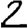
Digit: 2